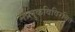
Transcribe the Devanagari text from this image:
मालुकविविरचित